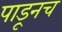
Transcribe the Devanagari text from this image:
पाडूनच